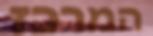
המרכז